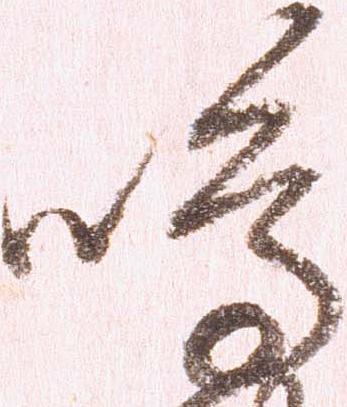
嶋